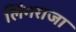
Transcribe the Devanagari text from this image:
लिंगराजा